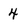
Character: 4